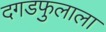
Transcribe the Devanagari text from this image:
दगडफुलाला